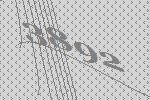
3892